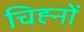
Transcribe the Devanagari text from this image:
चिह्‍नों